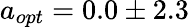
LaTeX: a_{opt}=0.0\pm 2.3